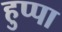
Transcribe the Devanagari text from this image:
हुप्पा